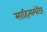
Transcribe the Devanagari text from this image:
साहित्यमंदिर